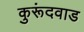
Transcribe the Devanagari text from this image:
कुरूंदवाड